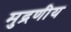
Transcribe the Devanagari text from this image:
मुद्रणीय